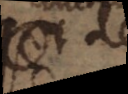
quod de